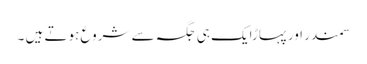
سمندر اور پہاڑایک ہی جگہ سے شروع ہوتے ہیں ۔